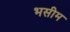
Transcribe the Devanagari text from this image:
भसीम